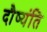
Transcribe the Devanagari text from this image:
दौष्यंति